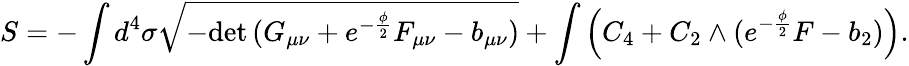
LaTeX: S=-\int d^{4}\sigma\sqrt{-\mathrm{det}\, (G_{\mu\nu}+e^{-\frac{\phi}{2}}F_{\mu\nu}-b_{\mu\nu})}+\int\Big(C_{4}+C_{2}\wedge(e^{-\frac{\phi}{2}}F-b_{2})\Big).